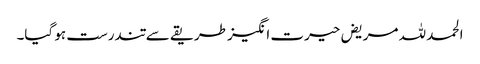
الحمد للہ مریض حیرت انگیز طریقے سے تندرست ہو گیا۔